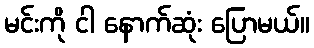
မင်းကို ငါ နောက်ဆုံး ပြောမယ်။